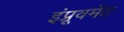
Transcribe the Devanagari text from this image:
इंप्रूवमेंट